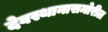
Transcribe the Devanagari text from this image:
देवस्थानासमोरील